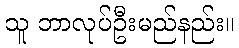
သူ ဘာလုပ်ဦးမည်နည်း။